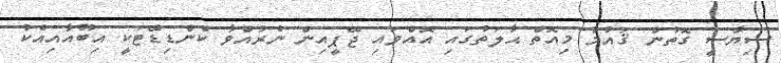
ސިޔާސީ ގޮތުން ޤައުމު މިއޮތް ޙާލަތުގައި އޮއްވައި ޖޭޕީއިން ނެރުއްވާ ކެންޑިޑޭޓަކީ އިބޫއާއިއެކު